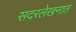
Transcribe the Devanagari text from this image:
सदरलेखनात